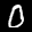
Label: 0